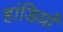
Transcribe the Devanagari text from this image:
हांडियाँ